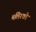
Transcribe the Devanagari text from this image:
मलिश्को